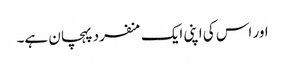
اور اس کی اپنی ایک منفرد پہچان ہے۔